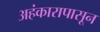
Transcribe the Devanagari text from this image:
अहंकारापासून